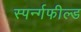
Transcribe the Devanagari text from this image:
स्पर्न्गफील्ड